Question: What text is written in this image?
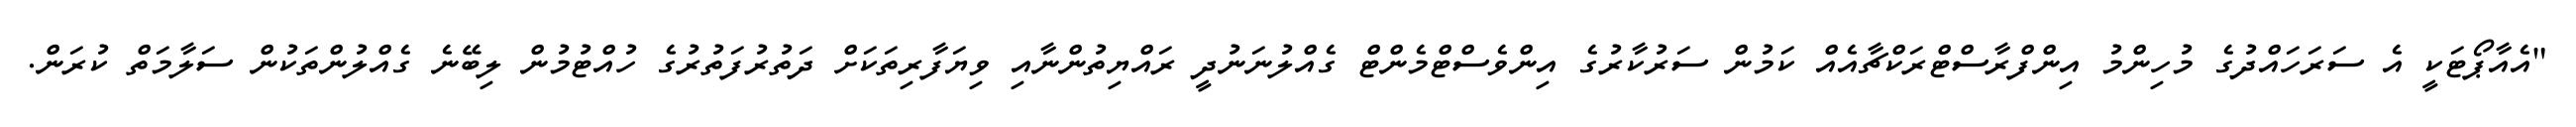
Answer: "އެއާޕޯޓަކީ އެ ސަރަހައްދުގެ މުހިންމު އިންފްރާސްޓްރަކްޗާއެއް ކަމުން ސަރުކާރުގެ އިންވެސްޓްމެންޓް ގެއްލުނަނުދީ ރައްޔިތުންނާއި ވިޔަފާރިތަކަށް ދަތުރުފަތުރުގެ ހުއްޓުމުން ލިބޭނެ ގެއްލުންތަކުން ސަލާމަތް ކުރަން.